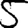
Digit: 5